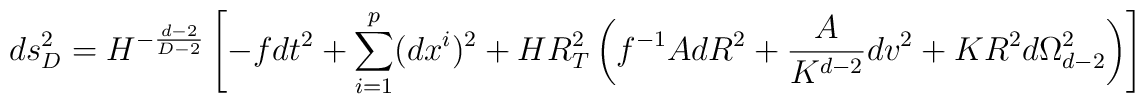
ds_{D}^2 = H^{-\frac{d-2}{D-2}}\left[ - f dt^2 + \sum_{i=1}^p (dx^i)^2 + H R_T^2\left( f^{-1} A dR^2 + \frac{A}{K^{d-2}} dv^2+ K R^2 d\Omega_{d-2}^2 \right) \right]